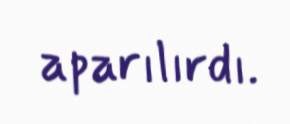
aparılırdı.